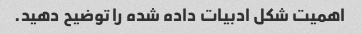
اهمیت شکل ادبیات داده شده را توضیح دهید.